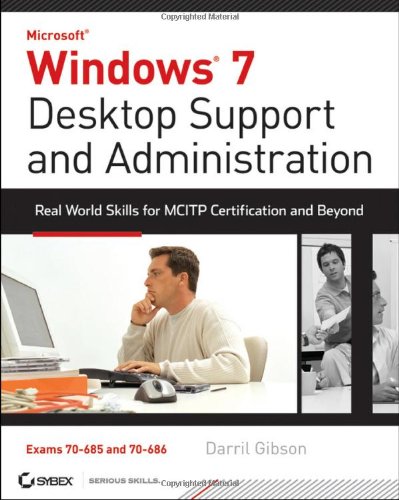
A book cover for Windows 7 Desktop Support and Administration: Real World Skills for MCITP Certification and Beyond (Exams 70-685 and 70-686); Darril Gibson; Computers & Technology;